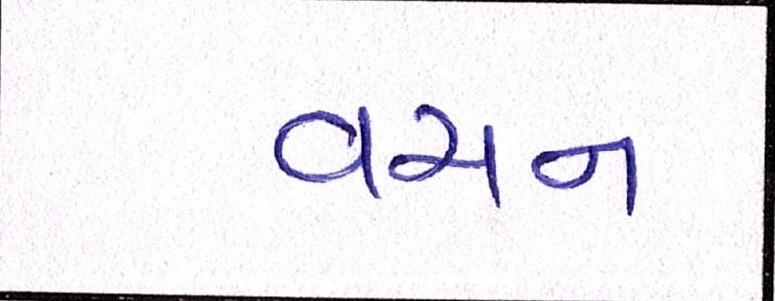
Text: વચન